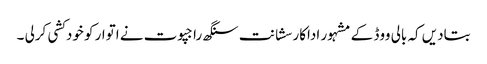
بتادیں کہ بالی ووڈ کے مشہور اداکار سشانت سنگھ راجپوت نے اتوار کو خودکشی کرلی ۔